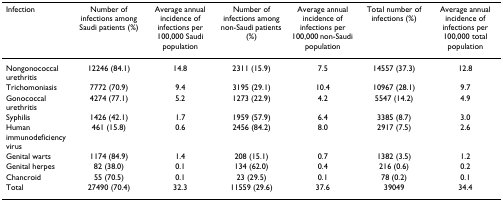
| Infection | Number of infections among Saudi patients (%) | Average annual incidence of infections per 100,000 Saudi population | Number of infections among non-Saudi patients (%) | Average annual incidence of infections per 100,000 non-Saudi population | Total number of infections (%) | Average annual incidence of infections per 100,000 total population |
 | --- | --- | --- | --- | --- | --- | --- |
 | Nongonococcal urethritis | 12246 (84.1) | 14.8 | 2311 (15.9) | 7.5 | 14557 (37.3) | 12.8 |
 | Trichomoniasis | 7772 (70.9) | 9.4 | 3195 (29.1) | 10.4 | 10967 (28.1) | 9.7 |
 | Gonococcal urethritis | 4274 (77.1) | 5.2 | 1273 (22.9) | 4.2 | 5547 (14.2) | 4.9 |
 | Syphilis | 1426 (42.1) | 1.7 | 1959 (57.9) | 6.4 | 3385 (8.7) | 3.0 |
 | Human immunodeficiency virus | 461 (15.8) | 0.6 | 2456 (84.2) | 8.0 | 2917 (7.5) | 2.6 |
 | Genital warts | 1174 (84.9) | 1.4 | 208 (15.1) | 0.7 | 1382 (3.5) | 1.2 |
 | Genital herpes | 82 (38.0) | 0.1 | 134 (62.0) | 0.4 | 216 (0.6) | 0.2 |
 | Chancroid | 55 (70.5) | 0.1 | 23 (29.5) | 0.1 | 78 (0.2) | 0.1 |
 | Total | 27490 (70.4) | 32.3 | 11559 (29.6) | 37.6 | 39049 | 34.4 |